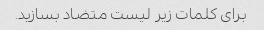
برای کلمات زیر لیست متضاد بسازید.